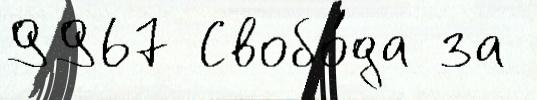
9967 Свобо́да за